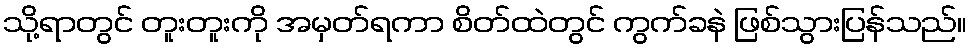
သို့ရာတွင် တူးတူးကို အမှတ်ရကာ စိတ်ထဲတွင် ကွက်ခနဲ ဖြစ်သွားပြန်သည်။